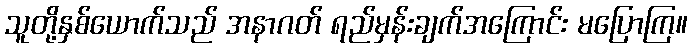
သူတို့နှစ်ယောက်သည် အနာဂတ် ရည်မှန်းချက်အကြောင်း မပြောကြ။